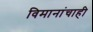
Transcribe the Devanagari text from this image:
विमानांचाही